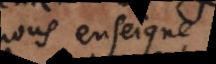
nous enseigne